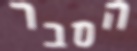
הסבר